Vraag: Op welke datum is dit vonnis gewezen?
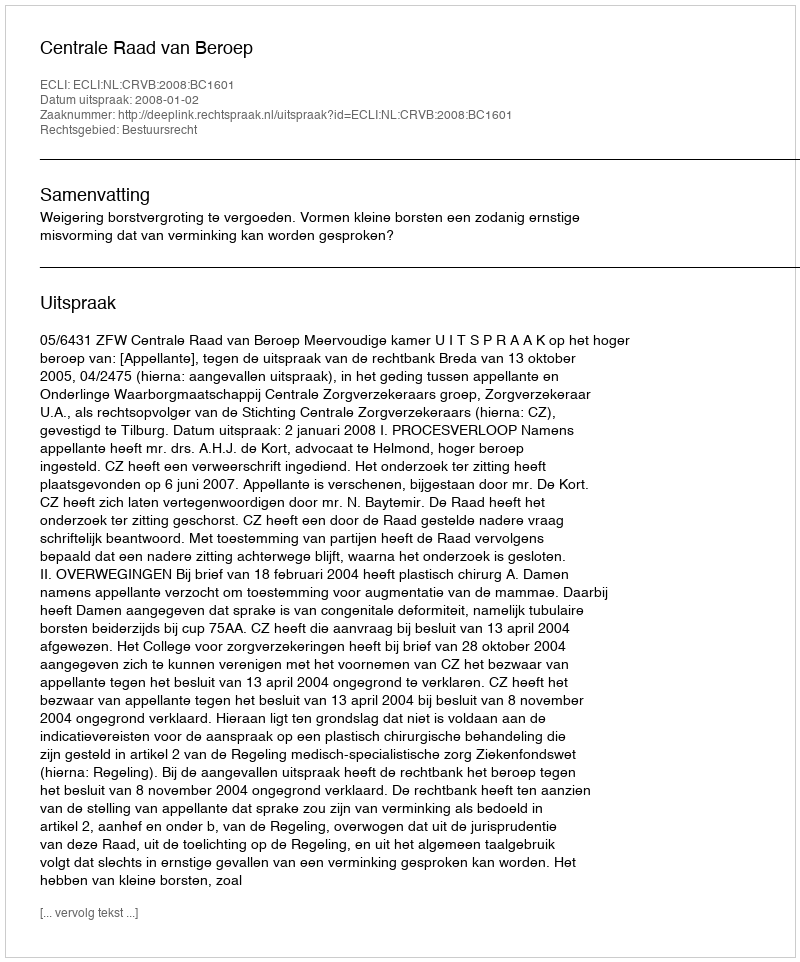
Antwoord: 2008-01-02